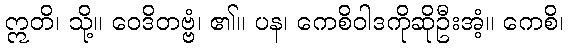
ဣတိ၊ သို့။ ဝေဒိတဗ္ဗံ၊ ၏။ ပန၊ ကေစိဝါဒကိုဆိုဦးအံ့။ ကေစိ၊